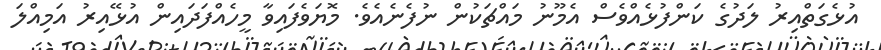
އުޅެގަތްއިރު ލަދުގެ ކަންފުޅެއްވެސް އެމޫނު މައްޗަކުން ނުފެނެއެވެ. މޮޔަވެފައިވާ މީހެއްފަދައިން އުޅޭއިރު އަމިއްލަ